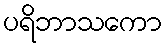
ပရိဘာသကော